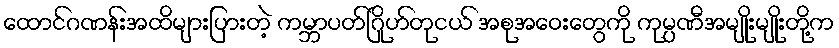
ထောင်ဂဏန်းအထိများပြားတဲ့ ကမ္ဘာပတ်ဂြိုဟ်တုငယ် အစုအဝေးတွေကို ကုမ္ပဏီအမျိုးမျိုးတို့က